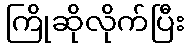
ကြိုဆိုလိုက်ပြီး